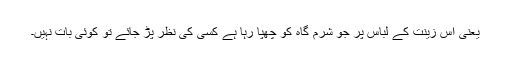
یعنی اس زینت کے لباس پر جو شرم گاہ کو چھپا رہا ہے کسی کی نظر پڑ جائے تو کوئی بات نہیں۔